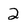
Character: 2